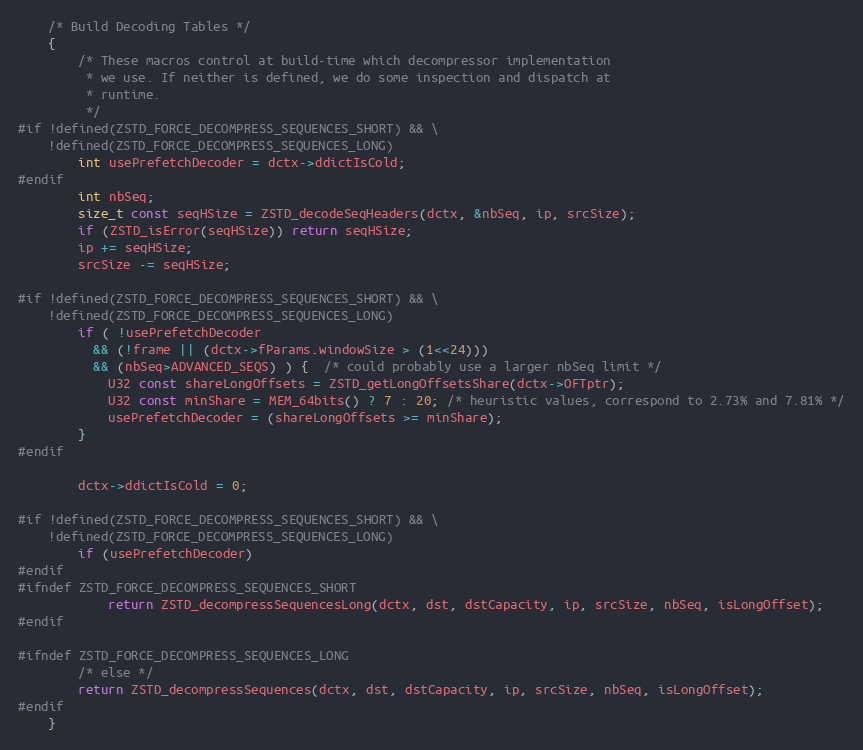
Language: C
    /* Build Decoding Tables */
    {
        /* These macros control at build-time which decompressor implementation
         * we use. If neither is defined, we do some inspection and dispatch at
         * runtime.
         */
#if !defined(ZSTD_FORCE_DECOMPRESS_SEQUENCES_SHORT) && \
    !defined(ZSTD_FORCE_DECOMPRESS_SEQUENCES_LONG)
        int usePrefetchDecoder = dctx->ddictIsCold;
#endif
        int nbSeq;
        size_t const seqHSize = ZSTD_decodeSeqHeaders(dctx, &nbSeq, ip, srcSize);
        if (ZSTD_isError(seqHSize)) return seqHSize;
        ip += seqHSize;
        srcSize -= seqHSize;

#if !defined(ZSTD_FORCE_DECOMPRESS_SEQUENCES_SHORT) && \
    !defined(ZSTD_FORCE_DECOMPRESS_SEQUENCES_LONG)
        if ( !usePrefetchDecoder
          && (!frame || (dctx->fParams.windowSize > (1<<24)))
          && (nbSeq>ADVANCED_SEQS) ) {  /* could probably use a larger nbSeq limit */
            U32 const shareLongOffsets = ZSTD_getLongOffsetsShare(dctx->OFTptr);
            U32 const minShare = MEM_64bits() ? 7 : 20; /* heuristic values, correspond to 2.73% and 7.81% */
            usePrefetchDecoder = (shareLongOffsets >= minShare);
        }
#endif

        dctx->ddictIsCold = 0;

#if !defined(ZSTD_FORCE_DECOMPRESS_SEQUENCES_SHORT) && \
    !defined(ZSTD_FORCE_DECOMPRESS_SEQUENCES_LONG)
        if (usePrefetchDecoder)
#endif
#ifndef ZSTD_FORCE_DECOMPRESS_SEQUENCES_SHORT
            return ZSTD_decompressSequencesLong(dctx, dst, dstCapacity, ip, srcSize, nbSeq, isLongOffset);
#endif

#ifndef ZSTD_FORCE_DECOMPRESS_SEQUENCES_LONG
        /* else */
        return ZSTD_decompressSequences(dctx, dst, dstCapacity, ip, srcSize, nbSeq, isLongOffset);
#endif
    }